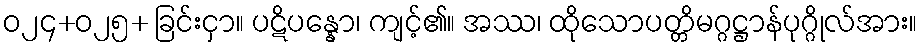
ဝ၂၄+၀၂၅+ ခြင်းငှာ။ ပဋိပန္နော၊ ကျင့်၏။ အဿ၊ ထိုသောပတ္တိမဂ္ဂဋ္ဌာန်ပုဂ္ဂိုလ်အား။